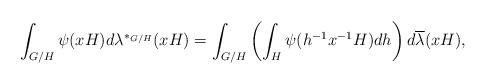
LaTeX: \begin{align*}\int_{G/H}\psi(xH)d\lambda^{\ast_{G/H}}(xH)=\int_{G/H}\left(\int_H\psi(h^{-1}x^{-1}H)dh\right)d\overline{\lambda}(xH),\end{align*}